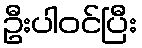
ဦးပါဝင်ပြီး